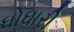
ઘોઘારી